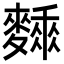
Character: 𪍰